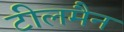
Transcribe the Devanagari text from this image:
टीलमैन